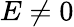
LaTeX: E\neq 0